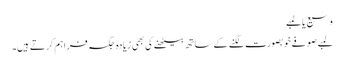
وسیع یا لمبے
لمبے صوفے خوبصورت لگنے کے ساتھ بیٹھنے کی بھی زیادہ جگہ فراہم کرتے ہیں۔